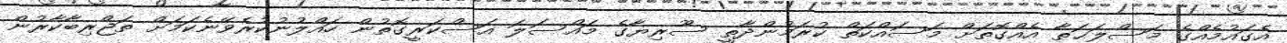
އެގައުމެއްގެ މަސްލަޙަތާ އެއްގޮތަށް މަސައްކަތް ކުރަމުންދާތީ ސޫރިޔާގެ މައްސަލަ އަސްކަރީގޮތުން ހައްލުނުކުރެވޭނެކަމަށް ތަޖްރިބާކާރުން